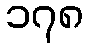
၁၇၈